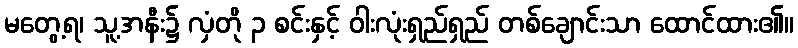
မတွေ့ရ၊ သူ့အနီး၌ လှံတို ၃ စင်းနှင့် ဝါးလုံးရှည်ရှည် တစ်ချောင်းသာ ထောင်ထား၏။